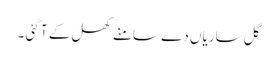
گل ساریاں دے سامنے کھل کے آ گئی ۔